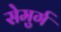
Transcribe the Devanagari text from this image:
सेमुर्ग